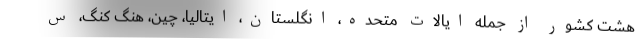
هشت کشور از جمله ایالات متحده، انگلستان، ایتالیا، چین، هنگ کنگ، س